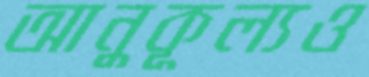
আনুকূল্যও